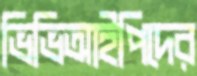
ভিভিআইপিদের